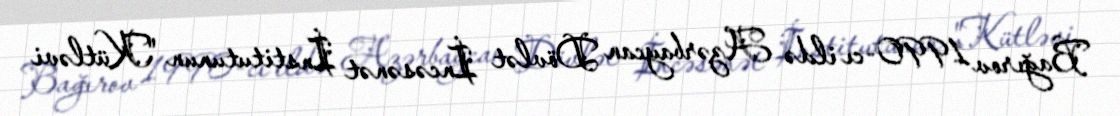
Bağırov 1990-cı ildə Azərbaycan Dövlət İncəsənət İnstitutunun "Kütləvi